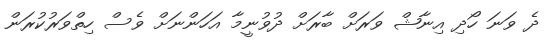
ދެ ވަނަ ހޯދި އިނާޝް ވަރަށް ބާރަށް ދުވުނީމާ އަހަންނަށް ވެސް ހިތްވަރުކުރަން